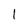
Character: l